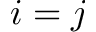
i = j